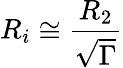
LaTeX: R_{i}\cong\frac{R_{2}}{\sqrt{\Gamma}}